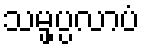
သမ္ဖပ္ပလာပံ